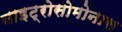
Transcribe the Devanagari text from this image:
नाइट्रोसोमोनास